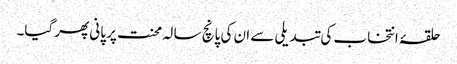
حلقۂ انتخاب کی تبدیلی سے ان کی پانچ سا لہ محنت پر پانی پھر گیا۔